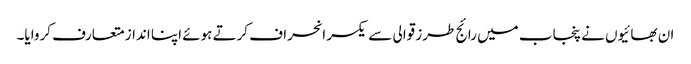
ان بھائیوں نے پنجاب میں رائج طرز قوالی سے یکسر انحراف کرتے ہوئے اپنا انداز متعارف کروایا۔